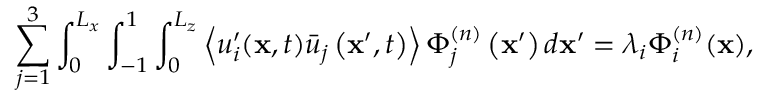
\sum _ { j = 1 } ^ { 3 } \int _ { 0 } ^ { L _ { x } } \int _ { - 1 } ^ { 1 } \int _ { 0 } ^ { L _ { z } } \left\langle u _ { i } ^ { \prime } ( \mathbf { x } , t ) \bar { u } _ { j } \left( \mathbf { x } ^ { \prime } , t \right) \right\rangle \Phi _ { j } ^ { ( n ) } \left( \mathbf { x } ^ { \prime } \right) d \mathbf { x } ^ { \prime } = \lambda _ { i } \Phi _ { i } ^ { ( n ) } ( \mathbf { x } ) ,